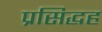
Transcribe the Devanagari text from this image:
प्रसिद्धह